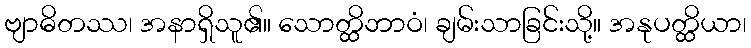
ဗျာဓိတဿ၊ အနာရှိသူ၏။ သောတ္ထိဘာဝံ၊ ချမ်းသာခြင်းသို့။ အနုပတ္ထိယာ၊